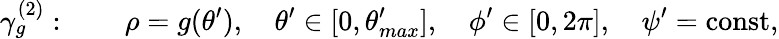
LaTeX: \gamma_{g}^{(2)}:\quad\quad\rho=g(\theta^{\prime}),\quad\theta^{\prime}\in[0,\theta_{max}^{\prime}],\quad\phi^{\prime}\in[0,2\pi],\quad\psi^{\prime}=\mathrm{const},